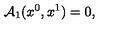
{ \cal A } _ { 1 } ( x ^ { 0 } , x ^ { 1 } ) = 0 ,